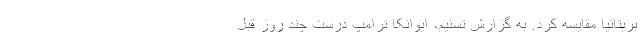
بریتانیا مقایسه کرد. به گزارش تسنیم، ایوانکا ترامپ درست چند روز قبل